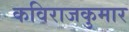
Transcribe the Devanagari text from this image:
कविराजकुमार